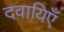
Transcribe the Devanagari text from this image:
दवायिएँ